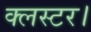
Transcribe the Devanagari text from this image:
क्लस्टर।